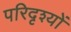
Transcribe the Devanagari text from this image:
परिदृश्‍यों